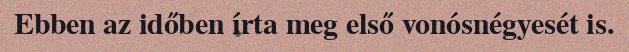
Ebben az időben írta meg első vonósnégyesét is.